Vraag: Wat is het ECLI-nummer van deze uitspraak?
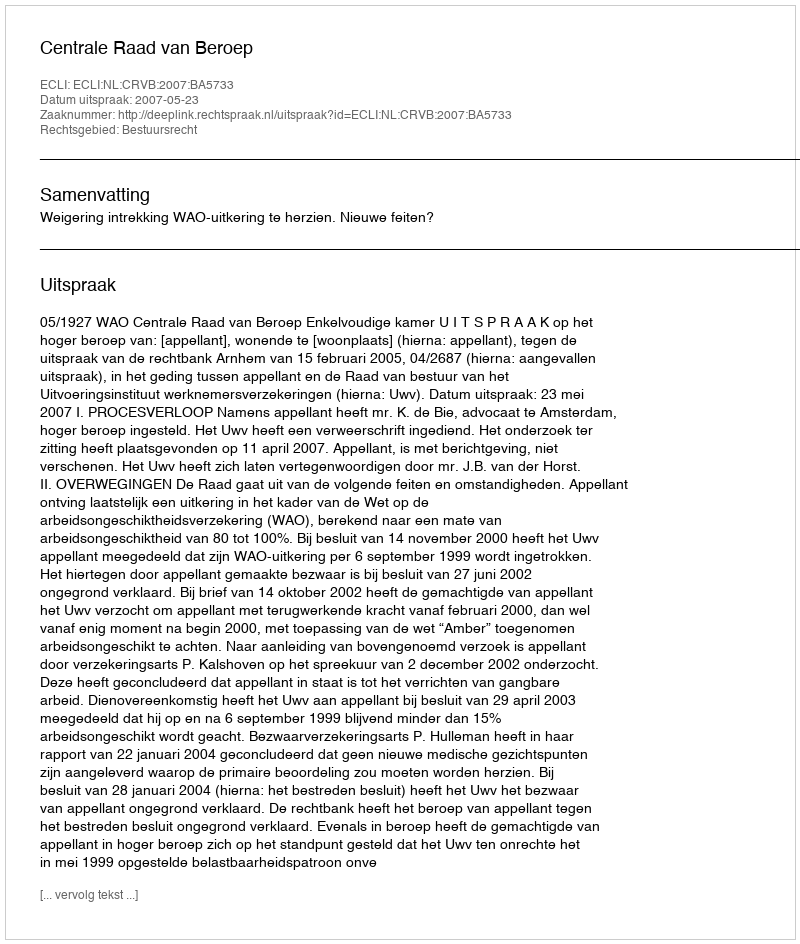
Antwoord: ECLI:NL:CRVB:2007:BA5733